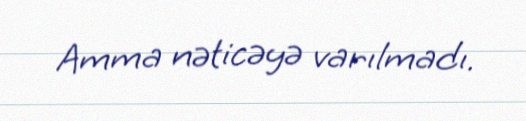
Amma nəticəyə varılmadı.